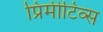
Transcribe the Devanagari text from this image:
प्रिमीटिव्स